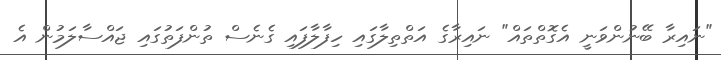
"ނައިރާ ބޭނުންވަނީ އެގޮތްތައް" ނައިރާގެ އަތްތިލާގައި ހިފާލާފައި ގެނެސް ތުންފަތުގައި ޖައްސާލަމުން އެ